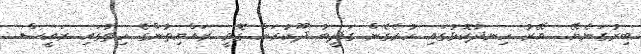
ބިރުގަނެޔޭ... އޭރު ހިނދުކޮޅުގައި ހުރެގެން ގަދީބު ދޫކުރަން ގޮވީ ރައްޔިތުންގެ ހިތުގައި ރައީސް